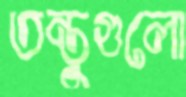
তন্তুগুলো